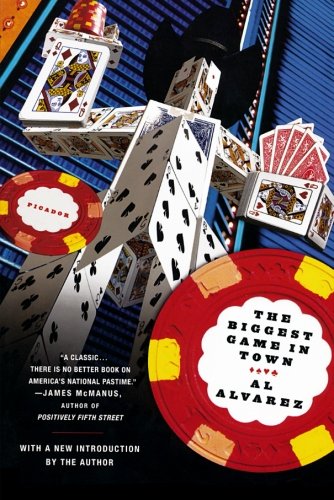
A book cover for The Biggest Game in Town; Al Alvarez; Humor & Entertainment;